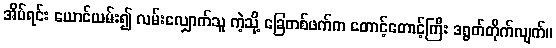
အိပ်ရင်း ယောင်ယမ်း၍ လမ်းလျှောက်သူ ကဲ့သို့ ခြေတစ်ဖက်က တောင့်တောင့်ကြီး ဒရွတ်တိုက်လျက်။